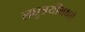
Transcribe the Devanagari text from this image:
लघुत्रयींमधले